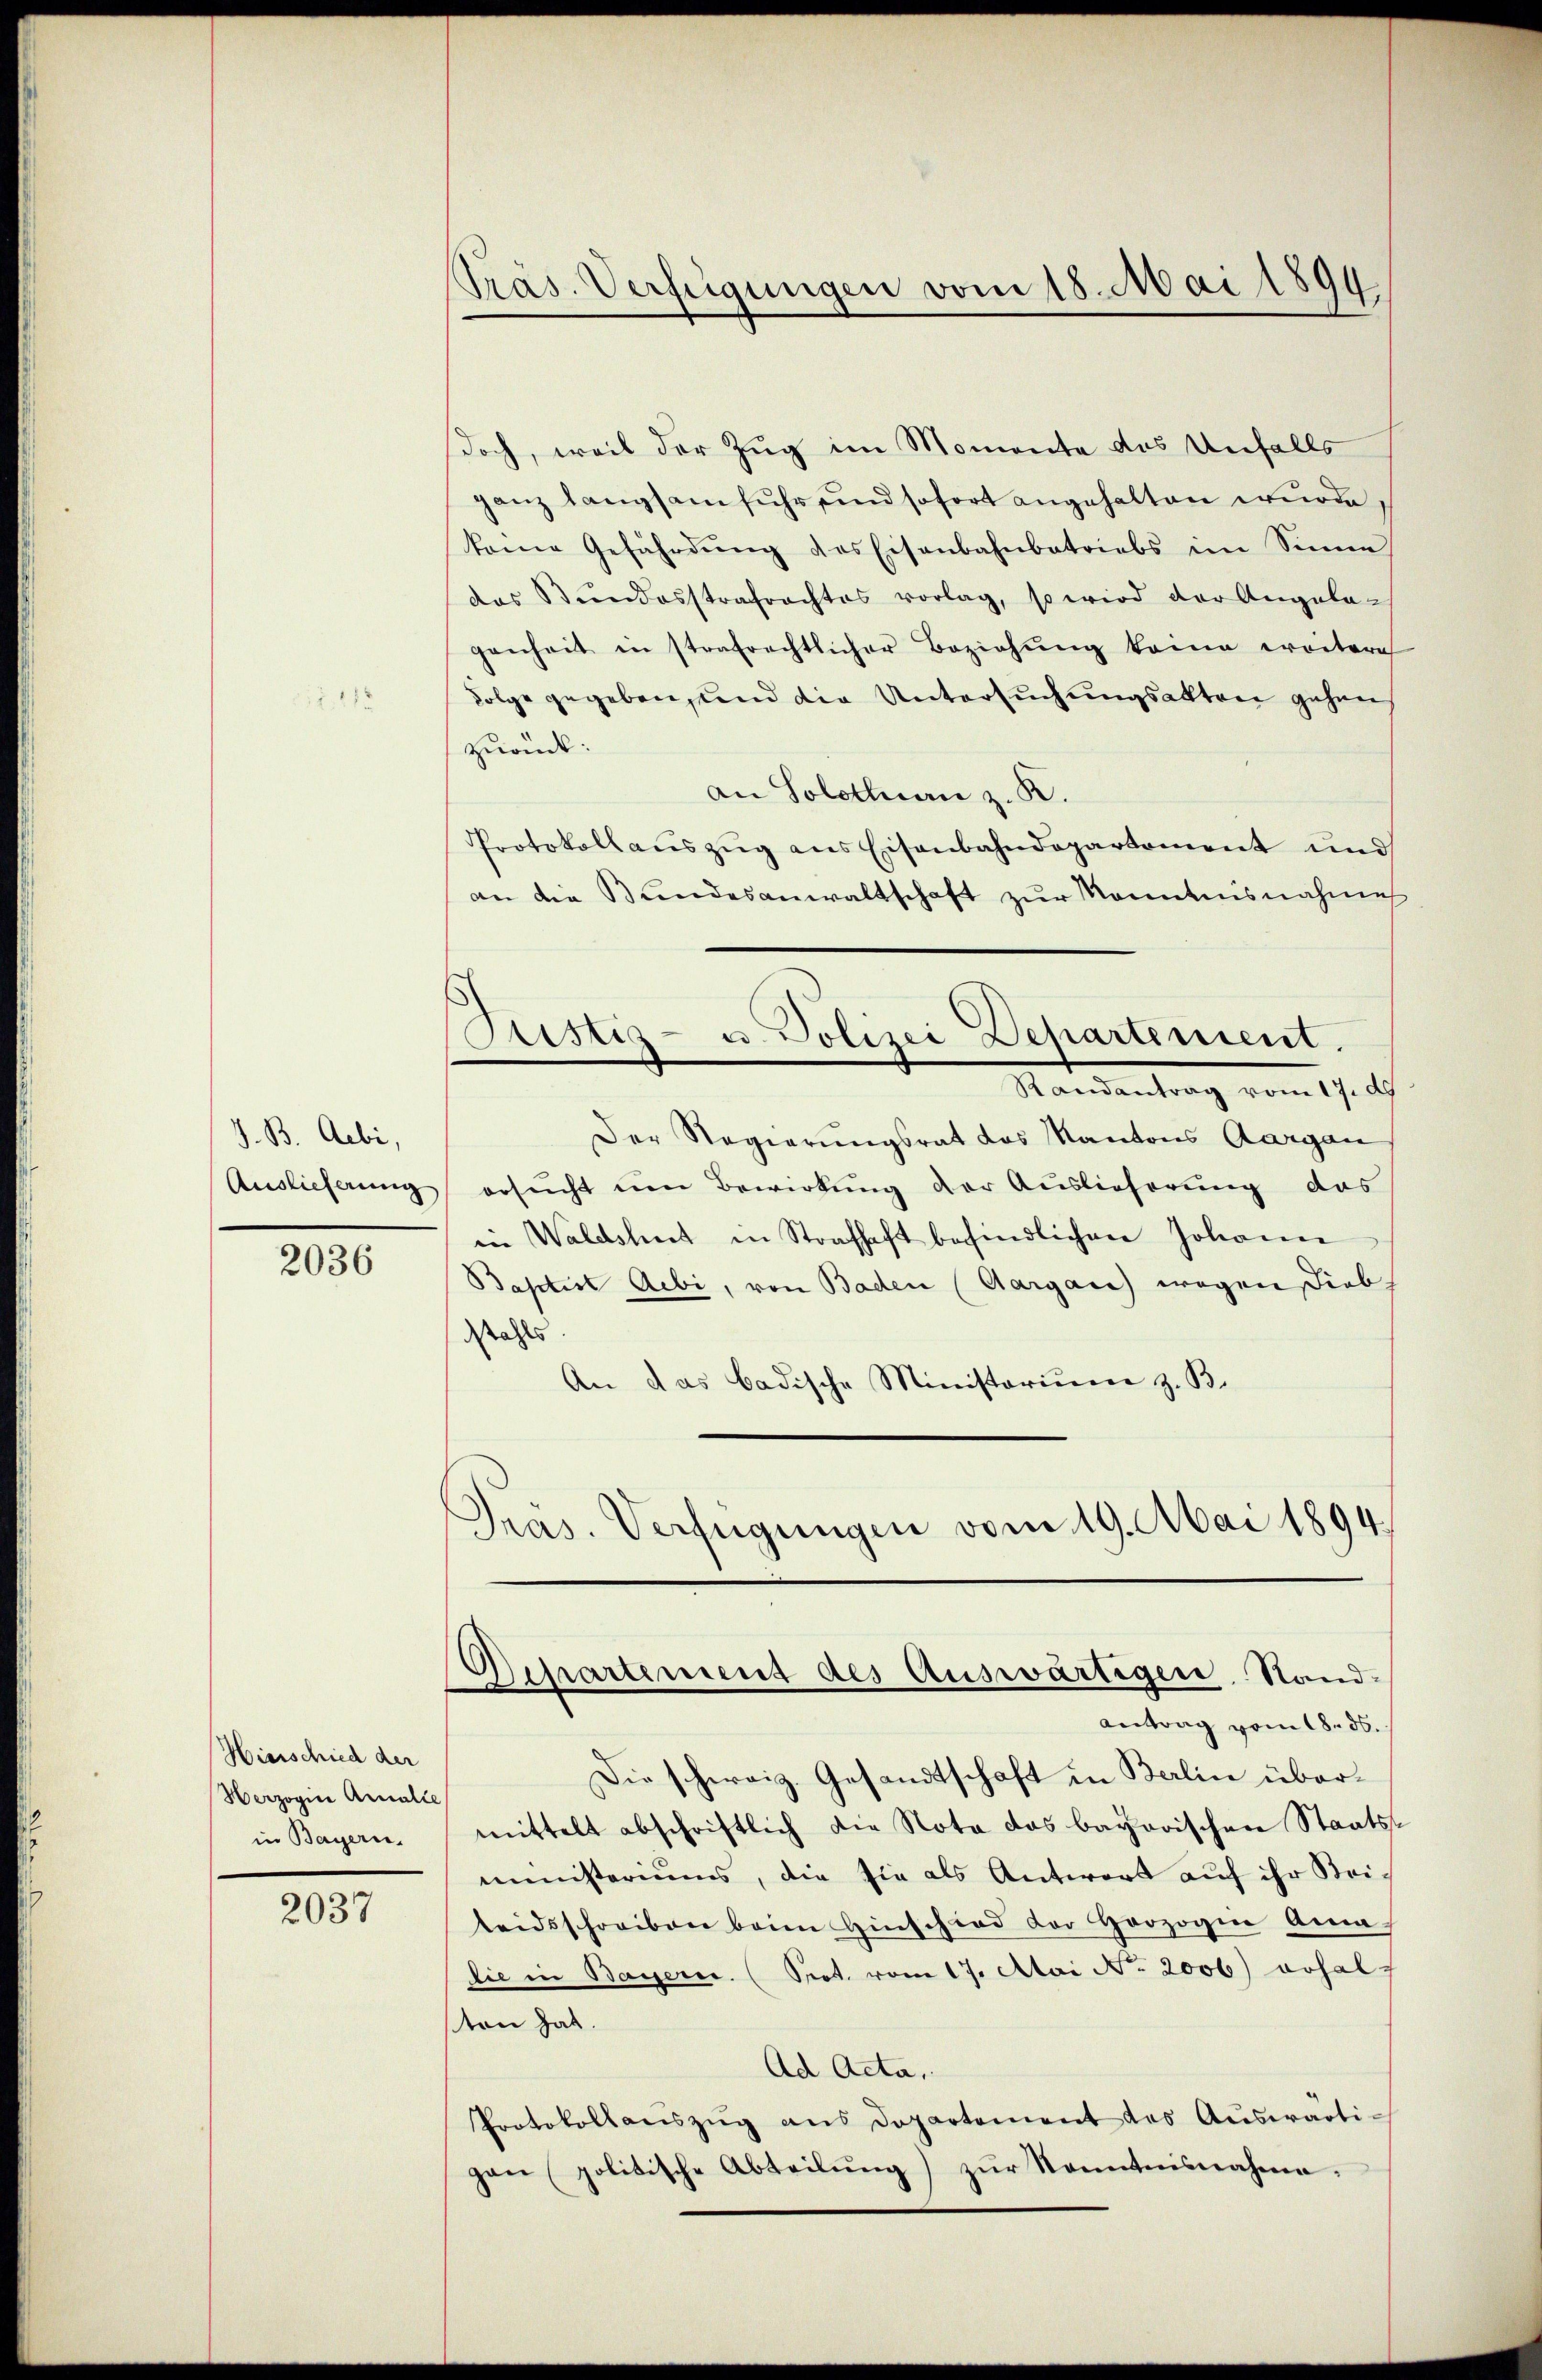
J. B. Aebi,
Auslieferung

2036

Hierschied der
Herzogine Annalie
in Bayern.

2037

Pras. Verfügungen vom 18. Mai 1899

doch, weil der Zug im Momente des Unfalls
ganz langsam fuhr sind sofort angehalten wurde.
kane Gefährdŭng des Eisenbahnbetriebs im Sinne
das Stŭndesstrafrachtes vorlag, so wird der Angela-
genheit in strafrechtlicher Beziehŭng kome weitere
Folge gegebensland die Untersuchungsakten gehen
zurück:
an Solothurn z. R.
Protokollauszug aus Eisenbahndepartement und
an der Bundesanwaltschaft zur Kenntnisnahme
Ristig- u. Polizei Departement.
Mandantrag vom 17. d.
Der Regierungsrat das Kantons Aargau
ersucht um Bewirkung der Auslieferung das
in Waldshut in Strafhaft befindlichen Johanne
Baptist Aebi, von Baden (Aargau) wegensieb
das als
An das badische Ministerium z. B.
Pras. Verfügungen vom 19. Mai 1894.

Departement des Auswärtiger Stand-

Antrag vom 18. ds.
Die schweiz. Gesandtschaft in Berlin übermittelt abschriftlich die Nota das bayorischen Staatsministeriums, die sie als Antwort auf ihr Steiteidsschreiben beim Hinschied der Herzogin Anna
die in Bayern. (Sept. vom 17. Atai No. 2006) erhalten hat.
Ad Acta,
Protokollanszŭg ans Dopartement des Aŭswärtigen politische Abteilung) zur Kenntnisnahme.